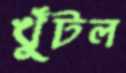
খুঁটল